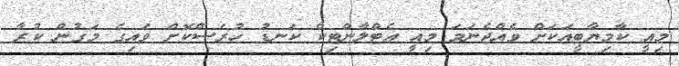
މިއީ ކާމިޔާބީއަކަށް ވެއްޖެނަމަ މިއީ އެޓްލާންޓިކް ކަނޑު ހުރަސްކޮށް ވައިގެ މަގުން ކުރާ